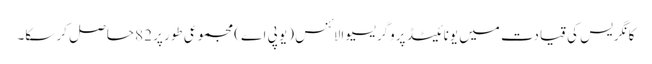
کانگریس کی قیادت میں یونائیٹڈ پروگریسیو الائنس (یو پی اے) مجموعی طور پر 82 حاصل کر سکا۔